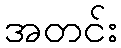
အတင်း